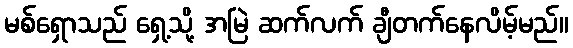
မစ်ရှောသည် ရှေ့သို့ အမြဲ ဆက်လက် ချီတက်နေလိမ့်မည်။